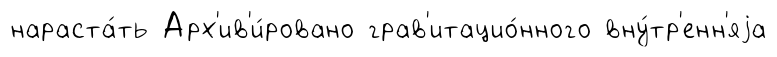
нараста́ть Арх'ив'и́ровано грав'итацио́нного вну́тр'енн'яjа